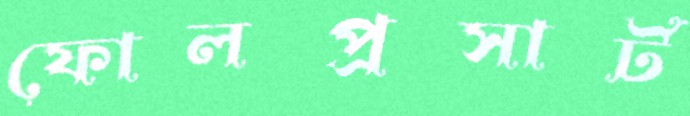
ফোলপ্রসার্ট